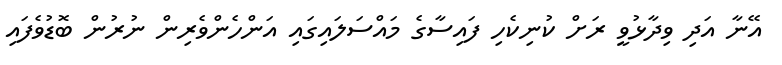
އޭނާ އަދި ވިދާޅުވީ ރަށް ކުނިކެހި ފައިސާގެ މައްސަލައިގައި އަންހެންވެރިން ނުރުން ބޮޑުވެފައި